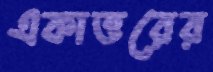
একাত্তরের